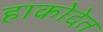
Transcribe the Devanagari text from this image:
हाकोदेत